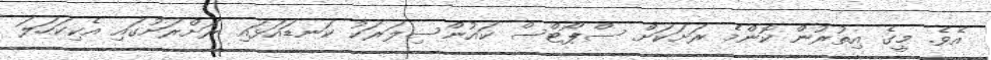
އެވެ. މީގެ އިތުރުން ކޮންމެ ރަށަކަށް ސްޕޯޓްސް ކައުންސިލަރަކު ކަނޑައަޅައި ރަށްރަށުގައި އެކިކަހަލަ